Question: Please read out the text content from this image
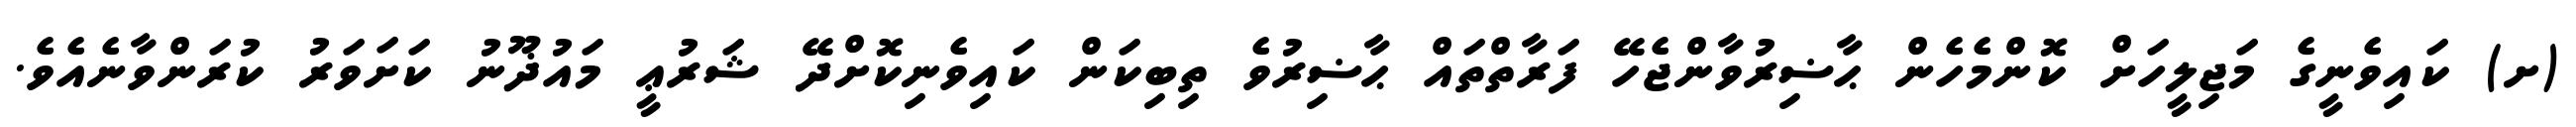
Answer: (ށ) ކައިވެނީގެ މަޖިލީހަށް ކޮންމެހެން ޙާޟިރުވާންޖެހޭ ފަރާތްތައް ޙާޟިރުވެ ތިބިކަން ކައިވެނިކޮށްދޭ ޝަރުޢީ މައުޛޫނު ކަށަވަރު ކުރަންވާނެއެވެ.